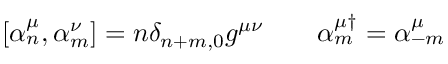
\left[ \alpha _ { n } ^ { \mu } , \alpha _ { m } ^ { \nu } \right] = n \delta _ { n + m , 0 } g ^ { \mu \nu } \: \: \: \: \: \: \: \: \: \alpha _ { m } ^ { \mu \dag } = \alpha _ { - m } ^ { \mu }